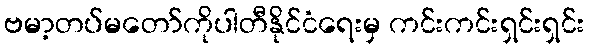
ဗမာ့တပ်မတော်ကိုပါတီနိုင်ငံရေးမှ ကင်းကင်းရှင်းရှင်း